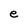
Character: e